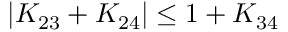
| K _ { 2 3 } + K _ { 2 4 } | \le 1 + K _ { 3 4 }